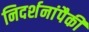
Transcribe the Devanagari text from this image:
निदर्शनांपैकी